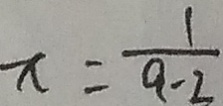
x = \frac { 1 } { a - 2 }